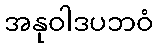
အနုဝါဒပဘဝံ